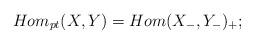
LaTeX: \begin{align*}Hom_{pt}(X,Y)=Hom(X_-,Y_-)_+;\end{align*}